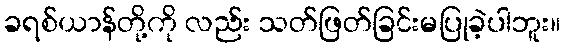
ခရစ်ယာန်တို့ကို လည်း သတ်ဖြတ်ခြင်းမပြုခဲ့ပါဘူး။